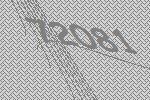
72081